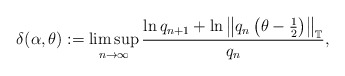
\begin{align*}\delta(\alpha, \theta):=\limsup _{n \rightarrow \infty} \frac{\ln q_{n+1}+\ln \left\|q_{n}\left(\theta-\frac{1}{2}\right)\right\|_{\mathbb{T}}}{q_{n}},\end{align*}